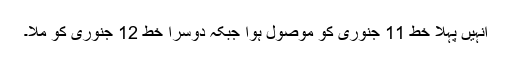
انہیں پہلا خط 11 جنوری کو موصول ہوا جبکہ دوسرا خط 12 جنوری کو ملا۔